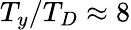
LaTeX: T_{y}/T_{D}\approx 8